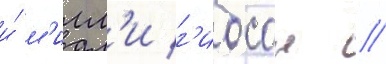
и́ м'илл'и г'ибсон /